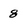
Character: 8